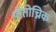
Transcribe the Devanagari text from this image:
पोतोच्निक